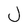
Character: J